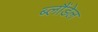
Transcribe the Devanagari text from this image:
ब्लौंडेल